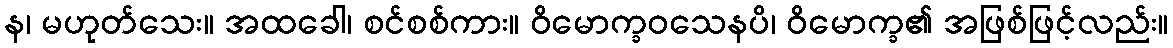
န၊ မဟုတ်သေး။ အထခေါ၊ စင်စစ်ကား။ ဝိမောက္ခဝသေနပိ၊ ဝိမောက္ခ၏ အဖြစ်ဖြင့်လည်း။